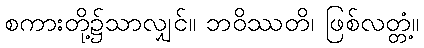
စကားတို့၌သာလျှင်။ ဘဝိဿတိ၊ ဖြစ်လတ္တံ့။